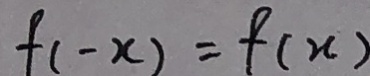
f ( - x ) = f ( x )